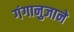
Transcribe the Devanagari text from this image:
गंगानुजाने